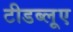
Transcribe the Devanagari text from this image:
टीडब्लूए